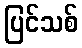
ပြင်သစ်